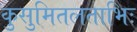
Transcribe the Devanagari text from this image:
कुसुमितलताभिः